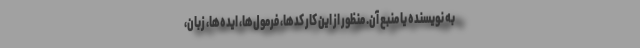
به نویسنده یا منبع آن. منظور از این کار کدها، فرمول‌ها، ایده‌ها، زبان،